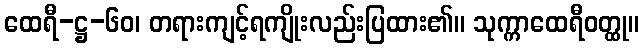
ထေရီ-ဋ္ဌ-၆၀၊ တရားကျင့်ရကျိုးလည်းပြထား၏။ သုက္ကာထေရီဝတ္ထု။